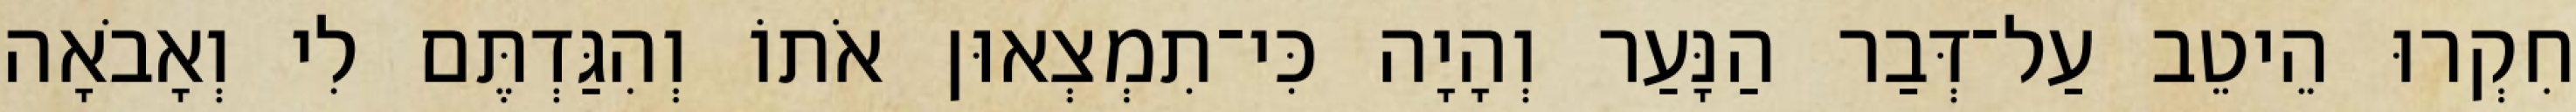
חִקְרוּ הֵיטֵב עַל־דְּבַר הַנָּעַר וְהָיָה כִּי־תִמְצְאוּן אֹתוֹ וְהִגַּדְתֶּם לִי וְאָבֹאָה